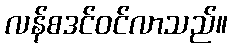
လန်စဒင်ဝင်လာသည်။